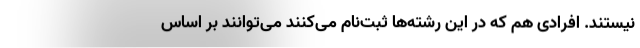
نیستند. افرادی هم که در این رشته‌ها ثبت‌نام می‌کنند می‌توانند بر اساس